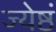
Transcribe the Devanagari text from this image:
ज्येष्ठं